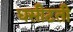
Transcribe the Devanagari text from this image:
धसीटती